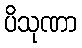
ပိသုဏာ